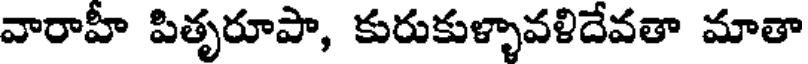
వారాహీ పితృరూపా, కురుకుళ్ళావళిదేవతా మాతా